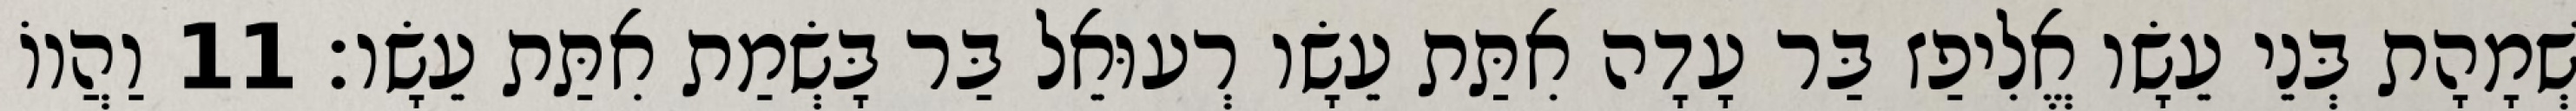
שְׁמָהָת בְּנֵי עֵשָׂו אֱלִיפַז בַּר עָדָה אִתַּת עֵשָׂו רְעוּאֵל בַּר בָּשְׂמַת אִתַּת עֵשָׂו׃ 11 וַהֲווֹ